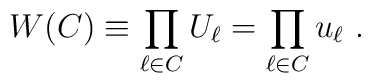
W(C)\equiv \prod_{\ell\in C}U_\ell=\prod_{\ell\in C}u_\ell~.